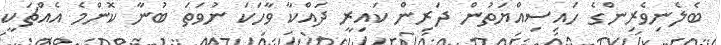
ބެލެނިވެރިންގެ ހައިސިއްޔަތުން ދަރިން ކައިރީ ދައްކާ ވާހަކަ ނުވަތަ ބުނާ ކޮންމެ އެއްޗަކީ